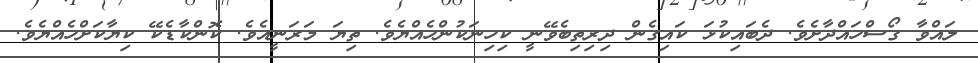
ލައްވާ ގޯސްހައްދާށެވެ. ދެބައިކުޅަ ކައިގެން ދިރިތިބެވޭނީ ކިހިނަކުންހެއްޔެވެ. ތިޔަ މަރަނީއެވެ. ކޮންކާޑެކޭ ކިޔާކަށްހެއްޔެވެ.